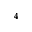
^ { 4 }